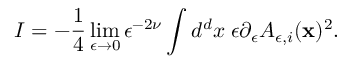
I = - { \frac { 1 } { 4 } } \operatorname * { l i m } _ { \epsilon \to 0 } \epsilon ^ { - 2 \nu } \int d ^ { d } x \; \epsilon \partial _ { \epsilon } A _ { \epsilon , i } ( { \bf x } ) ^ { 2 } .